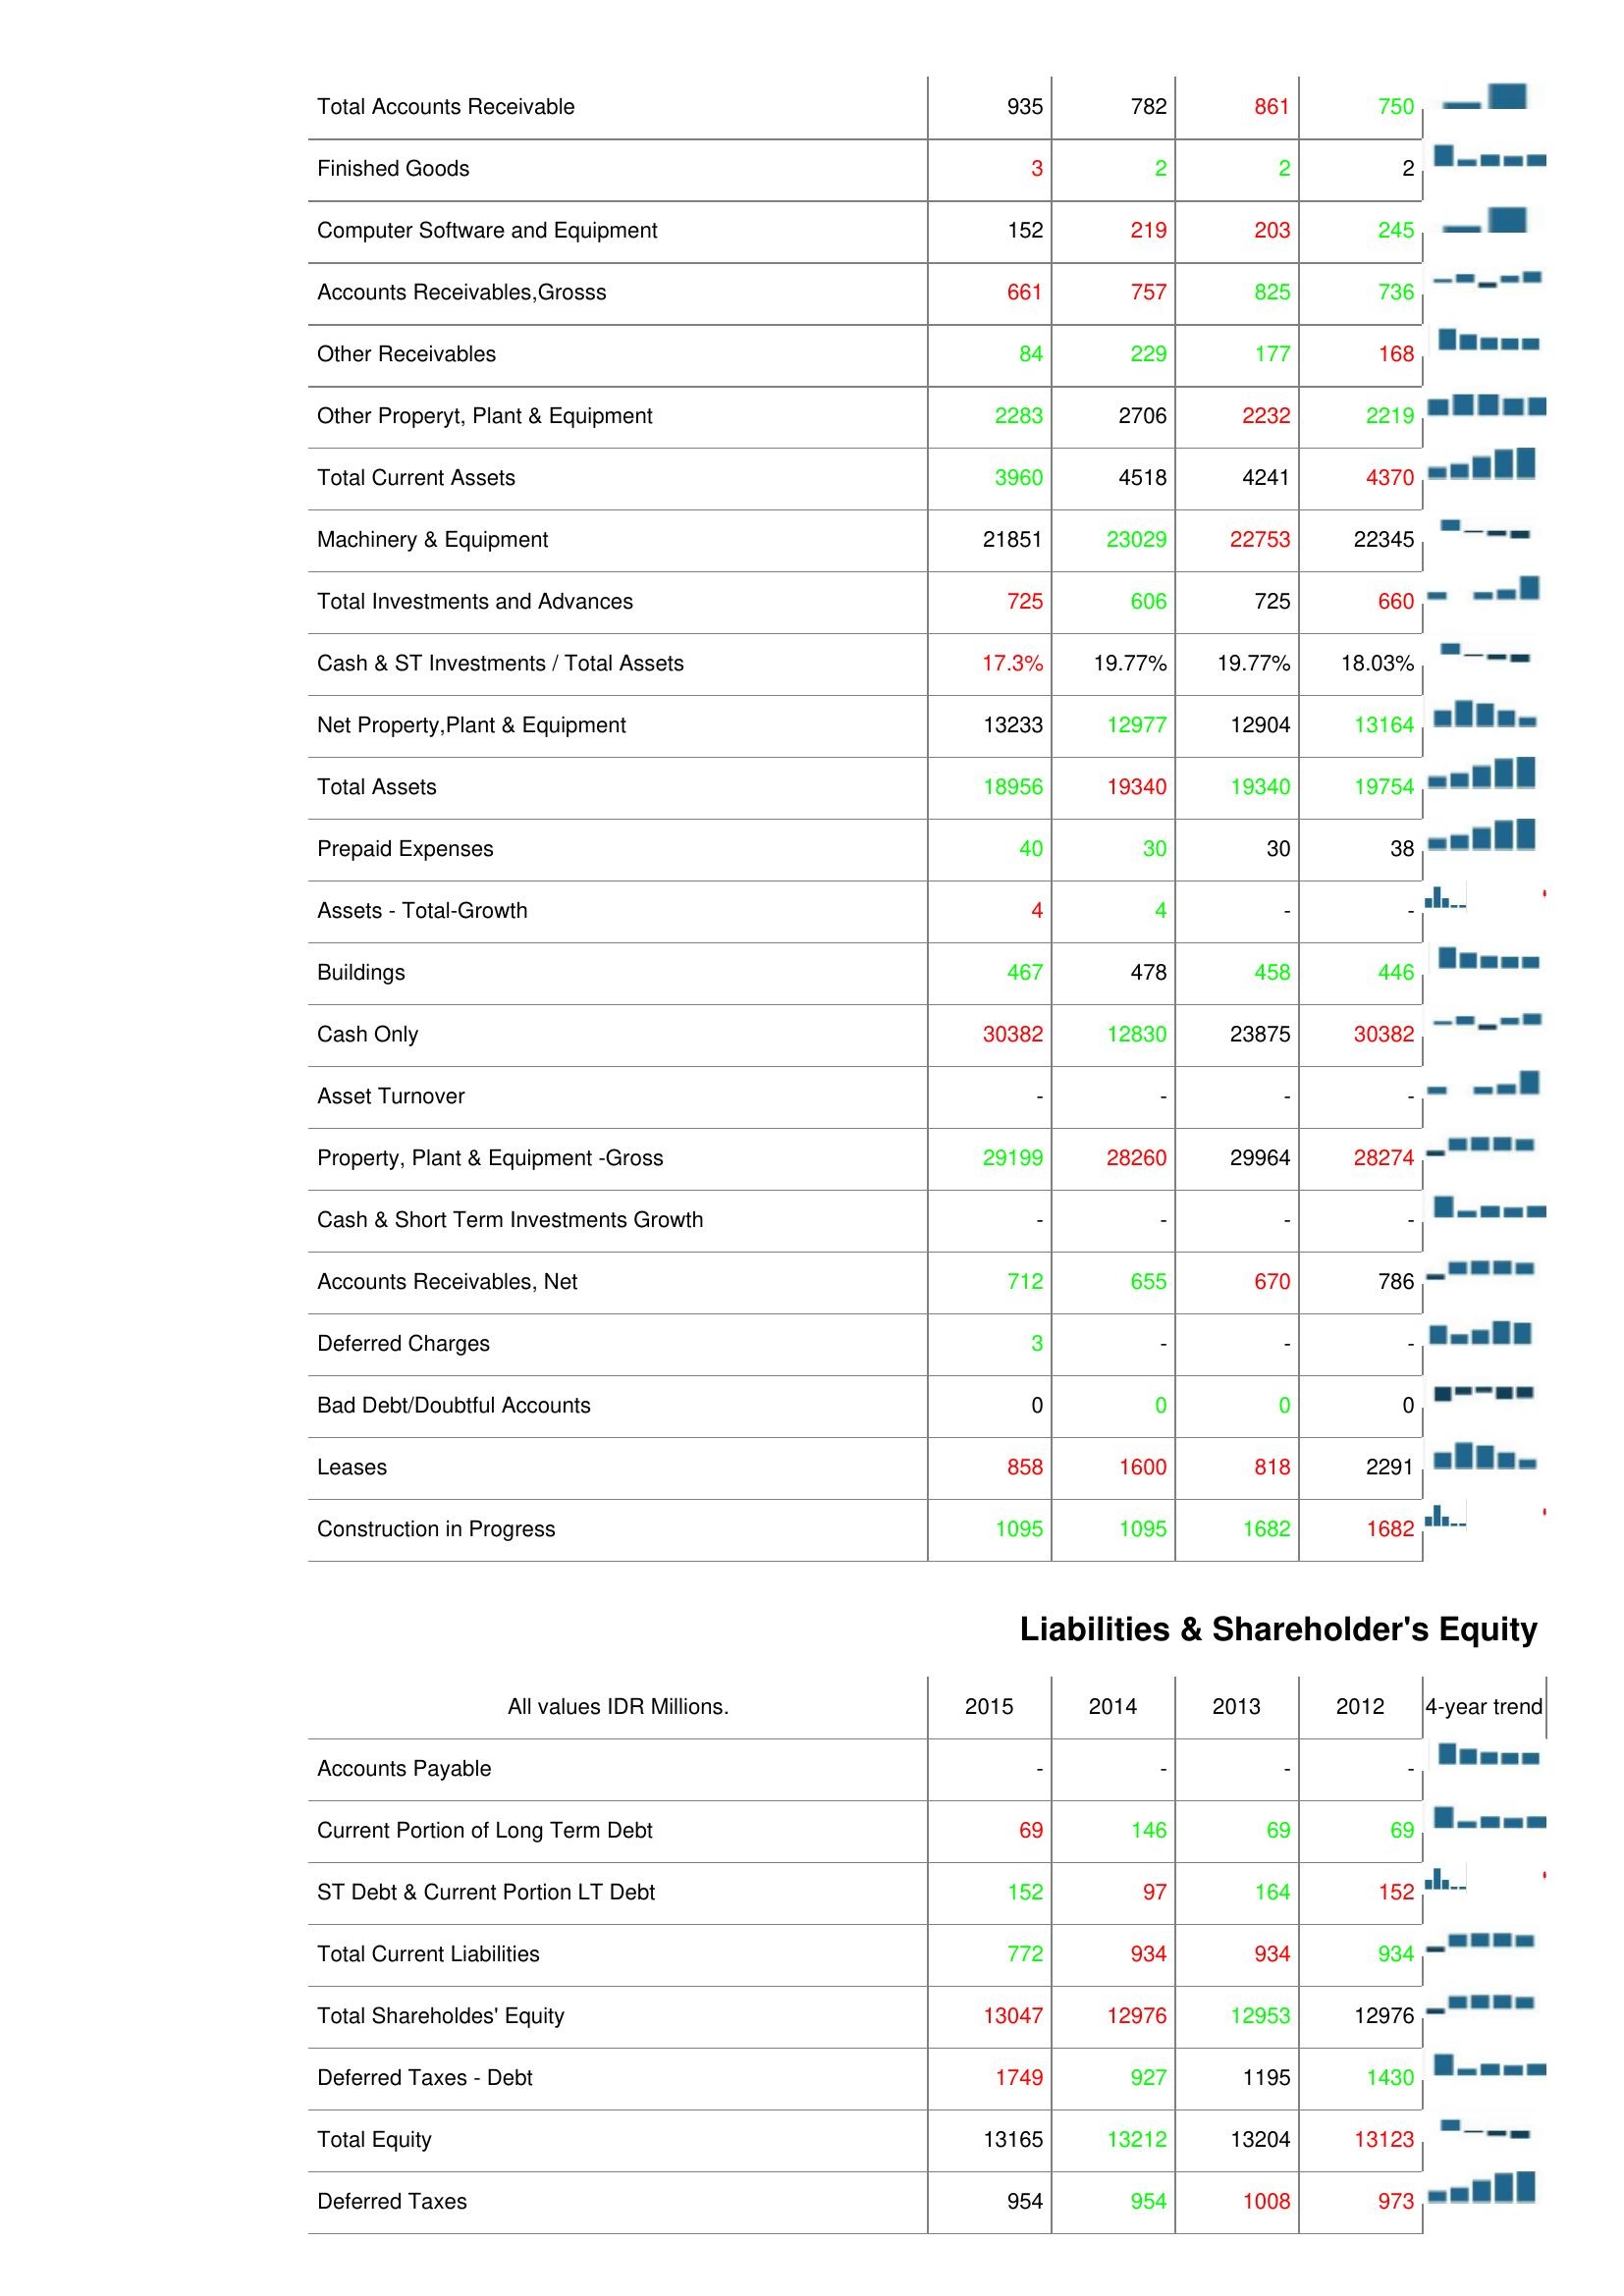
2015: Assets: Total Accounts Receivable: 935
Finished Goods: 3
Computer Software and Equipment: 152
Accounts Receivables,Grosss: 661
Other Receivables: 84
Other Properyt, Plant & Equipment: 2283
Total Current Assets: 3960
Machinery & Equipment: 21851
Total Investments and Advances: 725
Cash & ST Investments / Total Assets: 17.3%
Net Property,Plant & Equipment: 13233
Total Assets: 18956
Prepaid Expenses: 40
Assets - Total-Growth: 4
Buildings: 467
Cash Only: 30382
Asset Turnover: -
Property, Plant & Equipment -Gross: 29199
Cash & Short Term Investments Growth: -
Accounts Receivables, Net: 712
Deferred Charges: 3
Bad Debt/Doubtful Accounts: 0
Leases: 858
Construction in Progress: 1095
Liabilities & Shareholder's Equity: Accounts Payable: -
Current Portion of Long Term Debt: 69
ST Debt & Current Portion LT Debt: 152
Total Current Liabilities: 772
Total Shareholdes' Equity: 13047
Deferred Taxes - Debt: 1749
Total Equity: 13165
Deferred Taxes: 954
2014: Assets: Total Accounts Receivable: 782
Finished Goods: 2
Computer Software and Equipment: 219
Accounts Receivables,Grosss: 757
Other Receivables: 229
Other Properyt, Plant & Equipment: 2706
Total Current Assets: 4518
Machinery & Equipment: 23029
Total Investments and Advances: 606
Cash & ST Investments / Total Assets: 19.77%
Net Property,Plant & Equipment: 12977
Total Assets: 19340
Prepaid Expenses: 30
Assets - Total-Growth: 4
Buildings: 478
Cash Only: 12830
Asset Turnover: -
Property, Plant & Equipment -Gross: 28260
Cash & Short Term Investments Growth: -
Accounts Receivables, Net: 655
Deferred Charges: -
Bad Debt/Doubtful Accounts: 0
Leases: 1600
Construction in Progress: 1095
Liabilities & Shareholder's Equity: Accounts Payable: -
Current Portion of Long Term Debt: 146
ST Debt & Current Portion LT Debt: 97
Total Current Liabilities: 934
Total Shareholdes' Equity: 12976
Deferred Taxes - Debt: 927
Total Equity: 13212
Deferred Taxes: 954
2013: Assets: Total Accounts Receivable: 861
Finished Goods: 2
Computer Software and Equipment: 203
Accounts Receivables,Grosss: 825
Other Receivables: 177
Other Properyt, Plant & Equipment: 2232
Total Current Assets: 4241
Machinery & Equipment: 22753
Total Investments and Advances: 725
Cash & ST Investments / Total Assets: 19.77%
Net Property,Plant & Equipment: 12904
Total Assets: 19340
Prepaid Expenses: 30
Assets - Total-Growth: -
Buildings: 458
Cash Only: 23875
Asset Turnover: -
Property, Plant & Equipment -Gross: 29964
Cash & Short Term Investments Growth: -
Accounts Receivables, Net: 670
Deferred Charges: -
Bad Debt/Doubtful Accounts: 0
Leases: 818
Construction in Progress: 1682
Liabilities & Shareholder's Equity: Accounts Payable: -
Current Portion of Long Term Debt: 69
ST Debt & Current Portion LT Debt: 164
Total Current Liabilities: 934
Total Shareholdes' Equity: 12953
Deferred Taxes - Debt: 1195
Total Equity: 13204
Deferred Taxes: 1008
2012: Assets: Total Accounts Receivable: 750
Finished Goods: 2
Computer Software and Equipment: 245
Accounts Receivables,Grosss: 736
Other Receivables: 168
Other Properyt, Plant & Equipment: 2219
Total Current Assets: 4370
Machinery & Equipment: 22345
Total Investments and Advances: 660
Cash & ST Investments / Total Assets: 18.03%
Net Property,Plant & Equipment: 13164
Total Assets: 19754
Prepaid Expenses: 38
Assets - Total-Growth: -
Buildings: 446
Cash Only: 30382
Asset Turnover: -
Property, Plant & Equipment -Gross: 28274
Cash & Short Term Investments Growth: -
Accounts Receivables, Net: 786
Deferred Charges: -
Bad Debt/Doubtful Accounts: 0
Leases: 2291
Construction in Progress: 1682
Liabilities & Shareholder's Equity: Accounts Payable: -
Current Portion of Long Term Debt: 69
ST Debt & Current Portion LT Debt: 152
Total Current Liabilities: 934
Total Shareholdes' Equity: 12976
Deferred Taxes - Debt: 1430
Total Equity: 13123
Deferred Taxes: 973